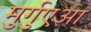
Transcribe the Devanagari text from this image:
मुर्गुएआ